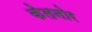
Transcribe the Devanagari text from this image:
केलनोर